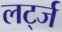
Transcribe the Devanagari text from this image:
लर्ट्ज